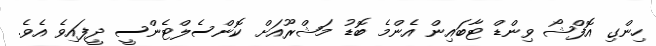
ހިންގި އޮފްޝޯ ވިންޑް ޓާބައިން އެންމެ ބޮޑު މަޝްރޫއަށް ކޮންސެލްޓެންސީ ދީފައިވެ އެވެ.